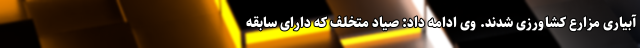
آبیاری مزارع کشاورزی شدند. وی ادامه داد: صیاد متخلف که دارای سابقه